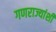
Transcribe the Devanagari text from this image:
गणराज्यांशी